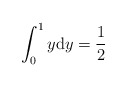
\begin{align*}\int_{0}^{1}y\mathrm{d}y =\frac{1}{2}\end{align*}